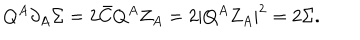
LaTeX: Q ^ { A } \partial _ { A } \Sigma = 2 \bar { C } Q ^ { A } Z _ { A } = 2 | Q ^ { A } Z _ { A } | ^ { 2 } = 2 \Sigma .